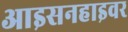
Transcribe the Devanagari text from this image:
आइसनहाइवर